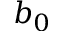
b _ { 0 }